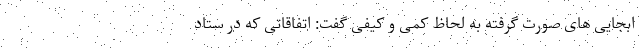
ابجایی های صورت گرفته به لحاظ کمی و کیفی گفت: اتفاقاتی که در ستاد